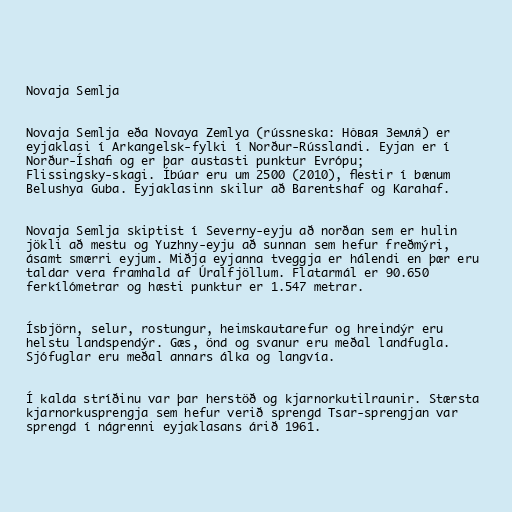
Novaja Semlja

Novaja Semlja eða Novaya Zemlya (rússneska: Но́вая Земля́) er
eyjaklasi í Arkangelsk-fylki í Norður-Rússlandi. Eyjan er í
Norður-Íshafi og er þar austasti punktur Evrópu;
Flissingsky-skagi. Íbúar eru um 2500 (2010), flestir í bænum
Belushya Guba. Eyjaklasinn skilur að Barentshaf og Karahaf.

Novaja Semlja skiptist í Severny-eyju að norðan sem er hulin
jökli að mestu og Yuzhny-eyju að sunnan sem hefur freðmýri,
ásamt smærri eyjum. Miðja eyjanna tveggja er hálendi en þær eru
taldar vera framhald af Úralfjöllum. Flatarmál er 90.650
ferkílómetrar og hæsti punktur er 1.547 metrar.

Ísbjörn, selur, rostungur, heimskautarefur og hreindýr eru
helstu landspendýr. Gæs, önd og svanur eru meðal landfugla.
Sjófuglar eru meðal annars álka og langvía.

Í kalda stríðinu var þar herstöð og kjarnorkutilraunir. Stærsta
kjarnorkusprengja sem hefur verið sprengd Tsar-sprengjan var
sprengd í nágrenni eyjaklasans árið 1961.